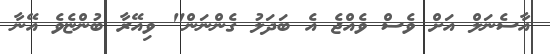
އާސެނަލް އަަށް ވެސް ވެއްޖެ އެ ބަދަލު ގެންނަން" ވިއޭރާ ބުންޏެވެ އޭނާ